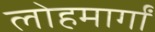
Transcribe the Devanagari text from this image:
लोहमार्गां